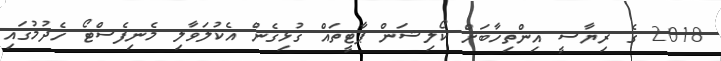
2018 ގެ ރިޔާސީ އިންތިހާބަށް ކޯލިޝަން ޕާޓީތައް ގުޅިގެން އެކުލަވާލި މެނިފެސްޓޯ ހެދުމުގައި